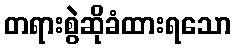
တရားစွဲဆိုခံထားရသော